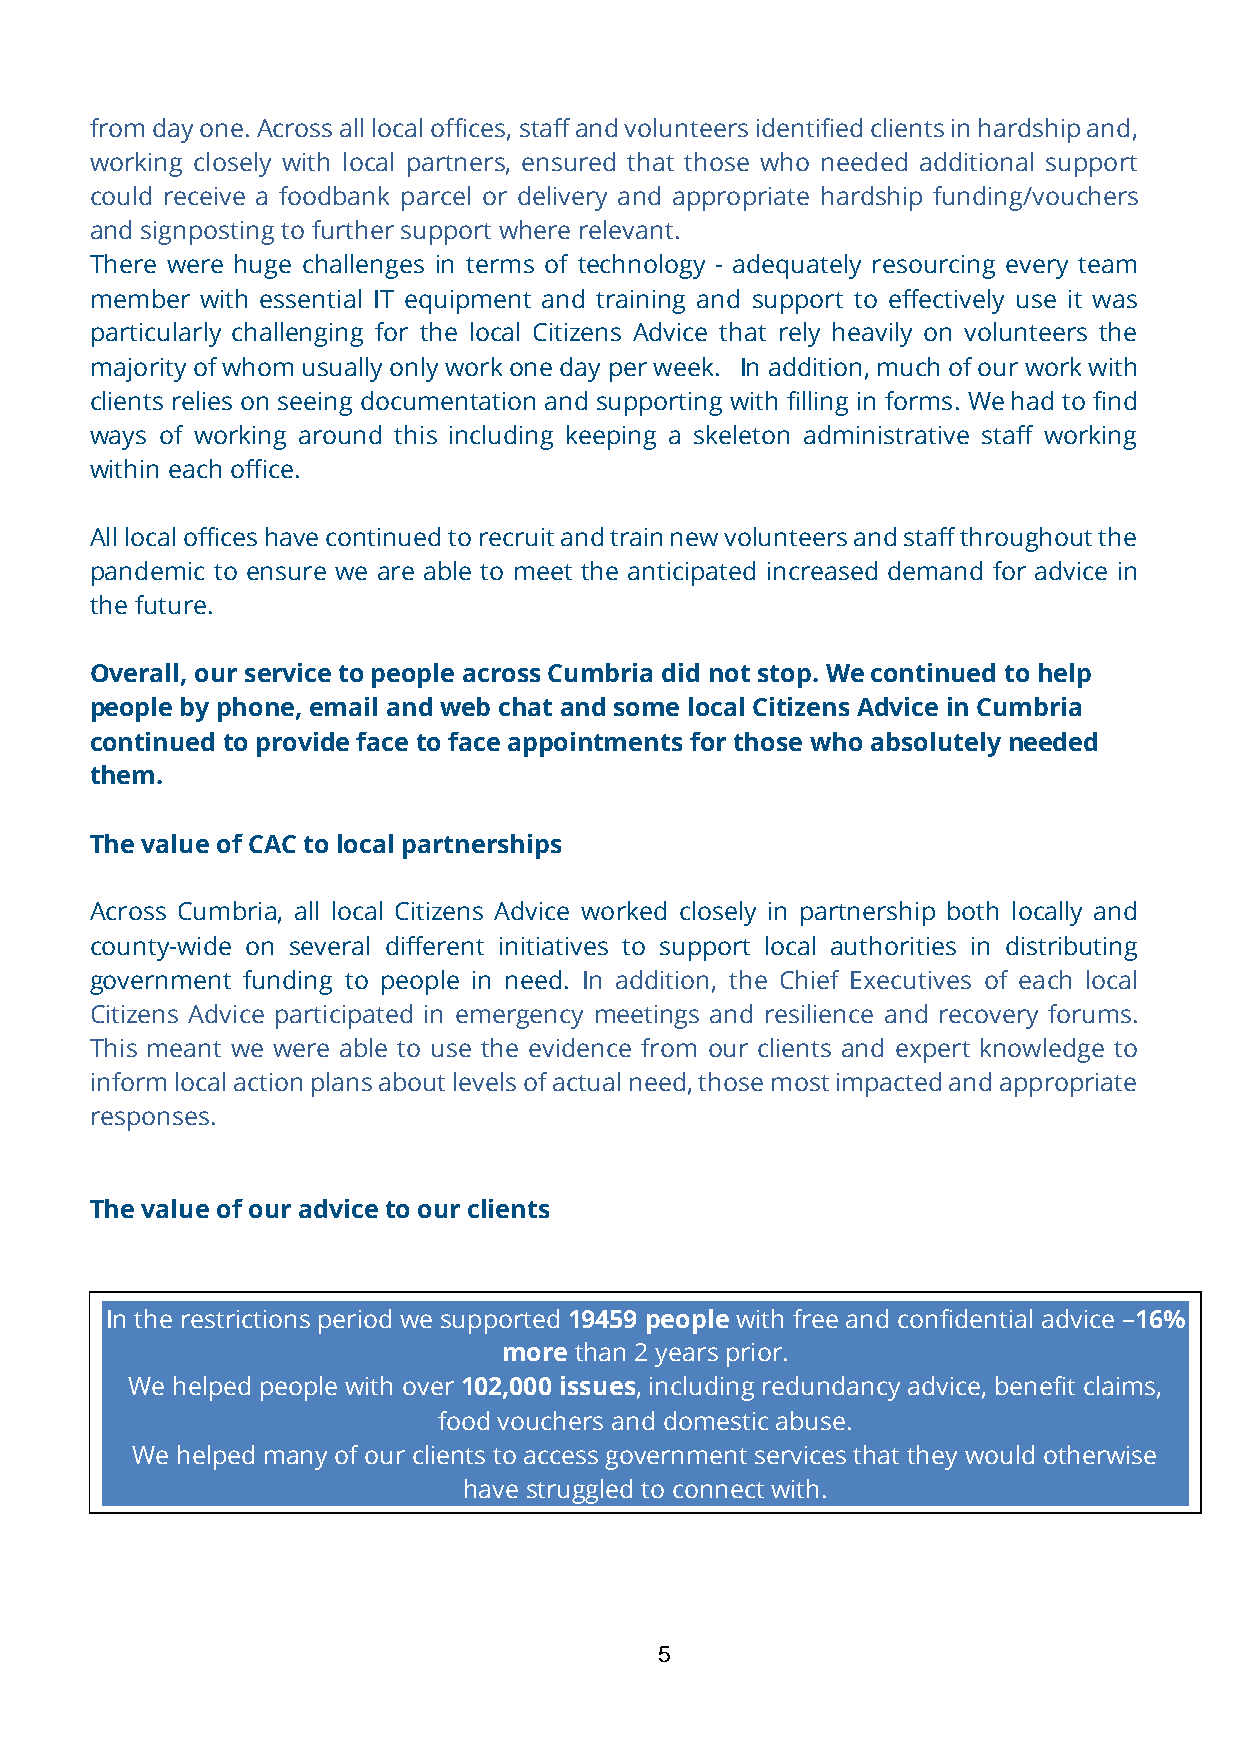
from day one. Across all local offices, staff and volunteers identified clients in hardship and,
 working closely with local partners, ensured that those who needed additional support
 could receive a foodbank parcel or delivery and appropriate hardship funding/vouchers
 and signposting to further support where relevant.
 There were huge challenges in terms of technology - adequately resourcing every team
 member with essential IT equipment and training and support to effectively use it was
 particularly challenging for the local Citizens Advice that rely heavily on volunteers the
 majority of whom usually only work one day per week. In addition, much of our work with
 clients relies on seeing documentation and supporting with filling in forms. We had to find
 ways of working around this including keeping a skeleton administrative staff working
 within each office.
 All local offices have continued to recruit and train new volunteers and staff throughout the
 pandemic to ensure we are able to meet the anticipated increased demand for advice in
 the future.
 Overall, our service to people across Cumbria did not stop. We continued to help
 people by phone, email and web chat and some local Citizens Advice in Cumbria
 continued to provide face to face appointments for those who absolutely needed
 them.
 The value of CAC to local partnerships
 Across Cumbria, all local Citizens Advice worked closely in partnership both locally and
 county-wide on several different initiatives to support local authorities in distributing
 government funding to people in need. In addition, the Chief Executives of each local
 Citizens Advice participated in emergency meetings and resilience and recovery forums.
 This meant we were able to use the evidence from our clients and expert knowledge to
 inform local action plans about levels of actual need, those most impacted and appropriate
 responses.
 The value of our advice to our clients
 In the restrictions period we supported 19459 people with free and confidential advice –16%
 more than 2 years prior.
 We helped people with over 102,000 issues, including redundancy advice, benefit claims,
 food vouchers and domestic abuse.
 We helped many of our clients to access government services that they would otherwise
 have struggled to connect with.
 5